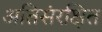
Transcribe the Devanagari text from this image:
अतिसंरक्षित